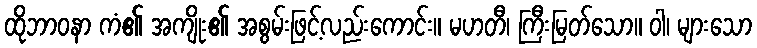
ထိုဘာဝနာ ကံ၏ အကျိုး၏ အစွမ်းဖြင့်လည်းကောင်း။ မဟတီ၊ ကြီးမြတ်သော။ ဝါ၊ များသော